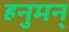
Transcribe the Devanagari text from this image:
हनुमन्